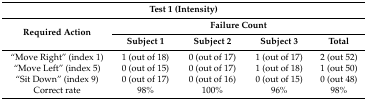
<table><thead><tr><td colspan="5"><b>Test 1 (Intensity)</b></td></tr><tr><td rowspan="2"><b>Required Action</b></td><td colspan="4"><b>Failure Count</b></td></tr><tr><td><b>Subject 1</b></td><td><b>Subject 2</b></td><td><b>Subject 3</b></td><td><b>Total</b></td></tr></thead><tbody><tr><td>“Move Right” (index 1)</td><td>1 (out of 18)</td><td>0 (out of 17)</td><td>1 (out of 17)</td><td>2 (out 52)</td></tr><tr><td>“Move Left” (index 5)</td><td>0 (out of 15)</td><td>0 (out of 17)</td><td>1 (out of 18)</td><td>1 (out 50)</td></tr><tr><td>“Sit Down” (index 9)</td><td>0 (out of 17)</td><td>0 (out of 16)</td><td>0 (out of 15)</td><td>0 (out 48)</td></tr><tr><td>Correct rate</td><td>98%</td><td>100%</td><td>96%</td><td>98%</td></tr></tbody></table>